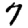
Digit: 7